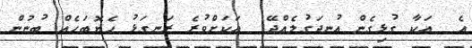
އެ  އަކާ ގުޅިގެން އުނދަގުލެއްދޭ  އަކަށްވުރެ ރަނގަޅު ހެޔޮބަހެއް ބުނުން